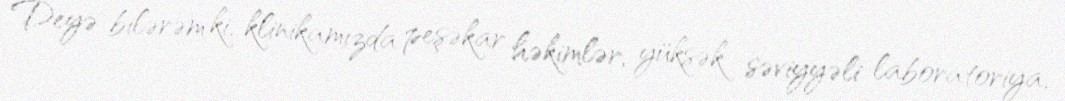
Deyə bilərəm ki, klinikamızda peşəkar həkimlər, yüksək səviyyəli laboratoriya,